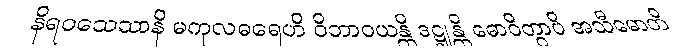
နိရဝသေသာနိ မကုလဓရေဟိ ဝိဘာဝယန္တိ ဒဋ္ဌုန္တိ ဓောဝိတွာပိ အသီမောတိ